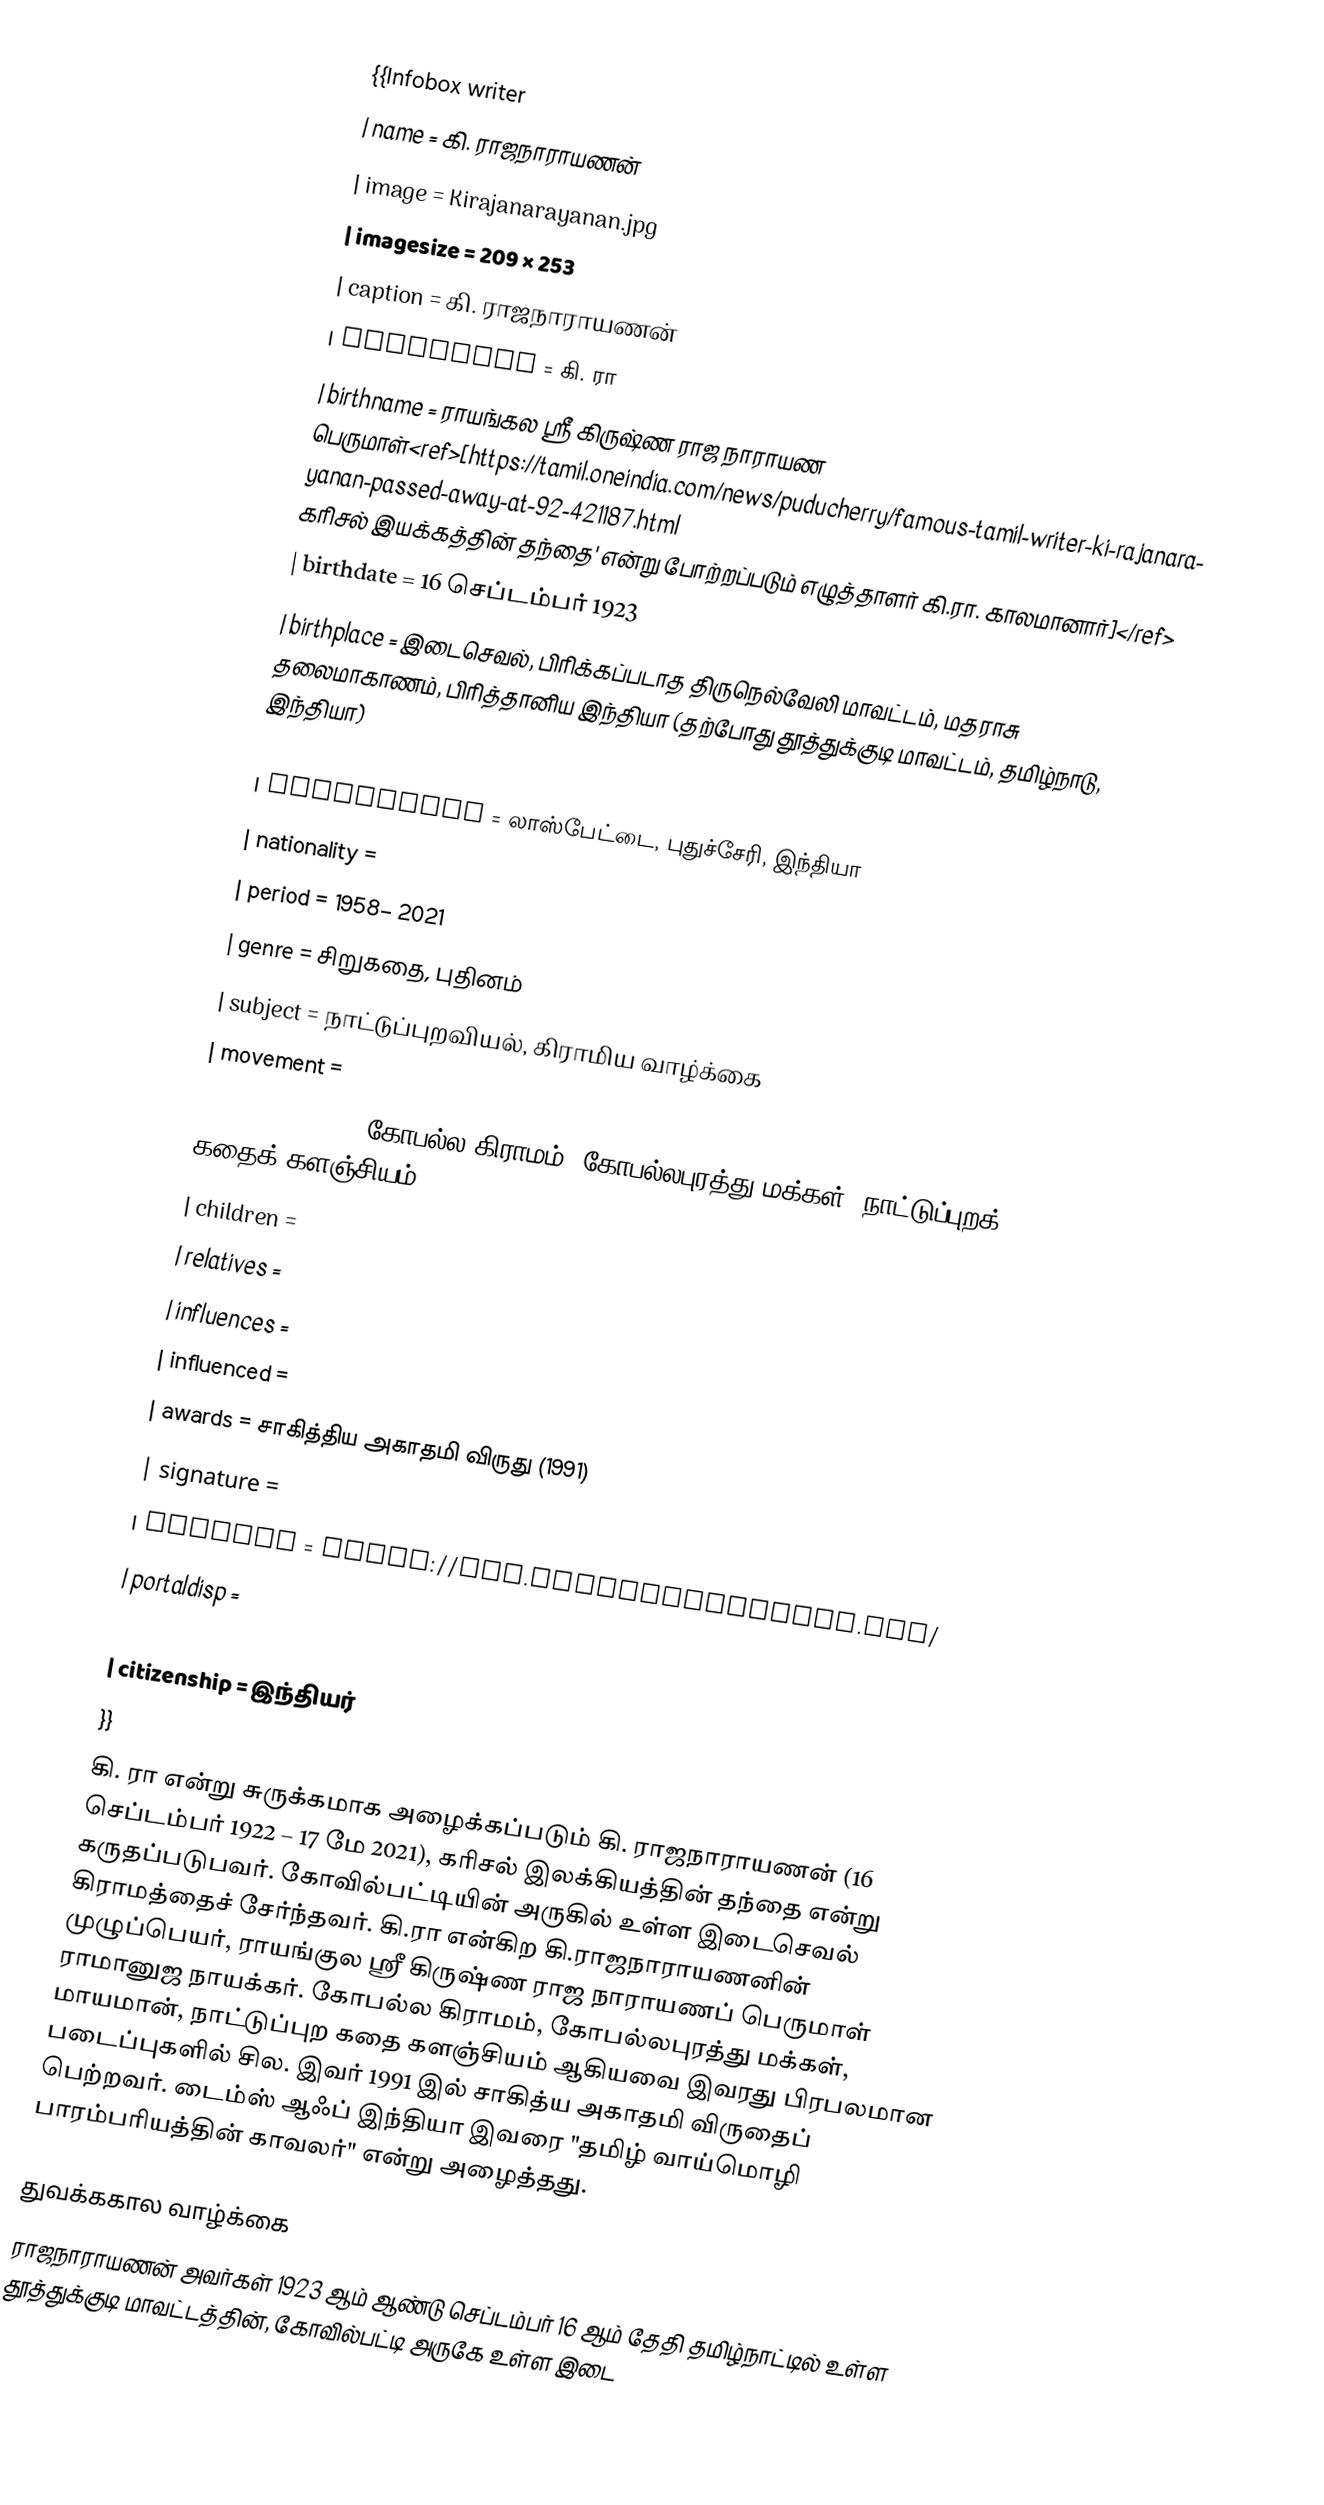
{{Infobox writer
| name             = கி. ராஜநாராயணன்
| image            = Kirajanarayanan.jpg
| imagesize        = 209 × 253
| caption          = கி. ராஜநாராயணன்
| pseudonym        = கி. ரா
| birthname        = ராயங்கல ஸ்ரீ கிருஷ்ண ராஜ நாராயண பெருமாள்<ref>[https://tamil.oneindia.com/news/puducherry/famous-tamil-writer-ki-rajanarayanan-passed-away-at-92-421187.html கரிசல் இயக்கத்தின் தந்தை' என்று போற்றப்படும் எழுத்தாளர் கி.ரா. காலமானார்]</ref>
| birthdate        = 16 செப்டம்பர்  1923
| birthplace       = இடைசெவல், பிரிக்கப்படாத திருநெல்வேலி மாவட்டம், மதராசு தலைமாகாணம், பிரித்தானிய இந்தியா (தற்போது தூத்துக்குடி மாவட்டம், தமிழ்நாடு, இந்தியா)
| deathdate        =
| deathplace       = லாஸ்பேட்டை, புதுச்சேரி,  இந்தியா
| nationality      =
| period           = 1958– 2021
| genre            = சிறுகதை, புதினம்
| subject          = நாட்டுப்புறவியல், கிராமிய வாழ்க்கை
| movement         =
| notableworks     = கோபல்ல கிராமம், கோபல்லபுரத்து மக்கள், நாட்டுப்புறக் கதைக் களஞ்சியம்| spouse           =
| children         =
| relatives        =
| influences       =
| influenced       =
| awards           = சாகித்திய அகாதமி விருது (1991)
| signature        =
| website          = https://www.kirajanarayanan.com/
| portaldisp       =
| box_width        = 26em
| citizenship      = இந்தியர்
}}
கி. ரா என்று சுருக்கமாக அழைக்கப்படும் கி. ராஜநாராயணன் (16 செப்டம்பர் 1922 – 17 மே 2021), கரிசல் இலக்கியத்தின் தந்தை என்று கருதப்படுபவர். கோவில்பட்டியின் அருகில் உள்ள இடைசெவல் கிராமத்தைச் சேர்ந்தவர். கி.ரா என்கிற கி.ராஜநாராயணனின் முழுப்பெயர், ராயங்குல ஸ்ரீ கிருஷ்ண ராஜ நாராயணப் பெருமாள் ராமானுஜ நாயக்கர். கோபல்ல கிராமம், கோபல்லபுரத்து மக்கள், மாயமான், நாட்டுப்புற கதை களஞ்சியம் ஆகியவை இவரது பிரபலமான படைப்புகளில் சில. இவர் 1991 இல் சாகித்ய அகாதமி விருதைப் பெற்றவர். டைம்ஸ் ஆஃப் இந்தியா இவரை "தமிழ் வாய்மொழி பாரம்பரியத்தின் காவலர்" என்று அழைத்தது.

 துவக்ககால வாழ்க்கை
ராஜநாராயணன் அவர்கள் 1923 ஆம் ஆண்டு செப்டம்பர் 16 ஆம் தேதி தமிழ்நாட்டில் உள்ள தூத்துக்குடி மாவட்டத்தின், கோவில்பட்டி அருகே உள்ள இடை